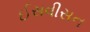
ઈસવીસન